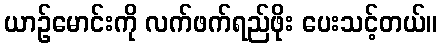
ယာဉ်မောင်းကို လက်ဖက်ရည်ဖိုး ပေးသင့်တယ်။